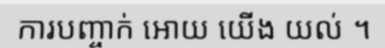
ការបញ្ចាក់ អោយ យើង យល់ ។